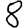
Digit: 8